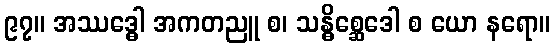
၉၇။ အဿဒ္ဓေါ အကတညူ စ၊ သန္ဓိစ္ဆေဒေါ စ ယော နရော။